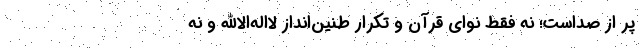
پر از صداست؛ نه فقط نوای قرآن و تکرار طنین‌انداز لااله‌الاالله و نه